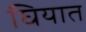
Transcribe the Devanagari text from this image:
घियात